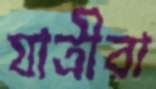
যাত্রীরা